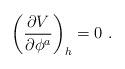
LaTeX: \begin{align*}\left({\partial V \over \partial \phi^a}\right)_h=0 \ .\end{align*}